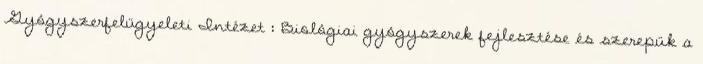
Gyógyszerfelügyeleti Intézet : Biológiai gyógyszerek fejlesztése és szerepük a